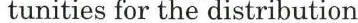
tunities for the distribution